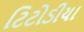
ટિટોડીયા